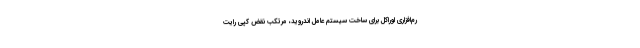
رم‌افزاری اوراکل برای ساخت سیستم عامل اندروید، مرتکب نقض کپی رایت